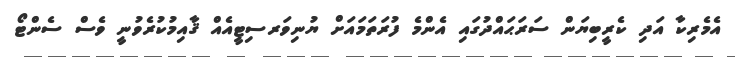
އެމެރިކާ އަދި ކެރީބިޔަން ސަރަޙައްދުގައި އެންމެ ފުރަތަމައަށް ޔުނިވަރސިޓީއެއް ޤާއިމުކުރެވުނީ ވެސް ސެންޓޯ